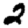
Digit: 2